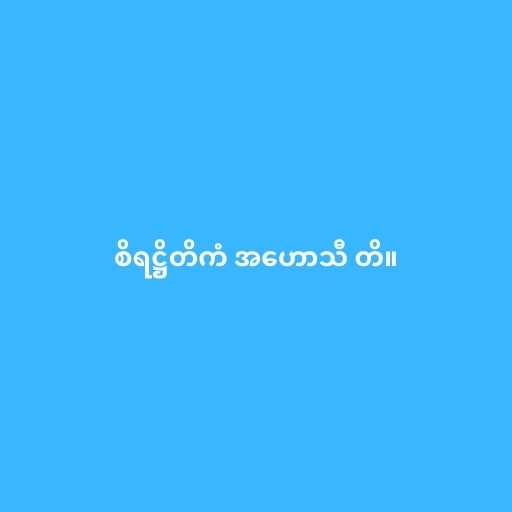
စိရဋ္ဌိတိကံ အဟောသီ တိ။